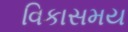
વિકાસમય